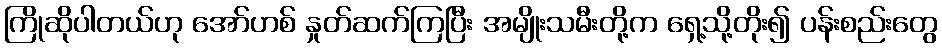
ကြိုဆိုပါတယ်ဟု အော်ဟစ် နှုတ်ဆက်ကြပြီး အမျိုးသမီးတို့က ရှေ့သို့တိုး၍ ပန်းစည်းတွေ